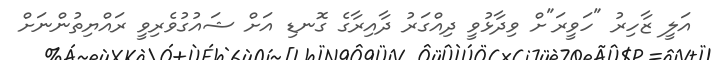
އަލީ ޒާހިރު "ހަވީރަ"ށް ވިދާޅުވީ ދިއްގަރު ދާއިރާގެ ގޮނޑި އަށް ޝައުގުވެރިވީ ރައްޔިތުންނަށް